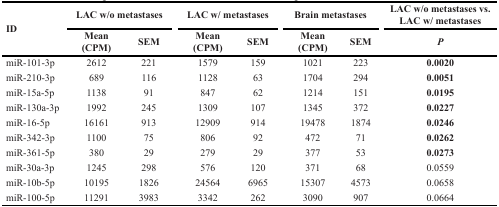
<table><thead><tr><td rowspan="2"><b>ID</b></td><td colspan="2"><b>LAC w/o metastases</b></td><td colspan="2"><b>LAC w/ metastases</b></td><td colspan="2"><b>Brain metastases</b></td><td><b>LAC w/o metastases vs. LAC w/ metastases</b></td></tr><tr><td><b>Mean (CPM)</b></td><td><b>SEM</b></td><td><b>Mean (CPM)</b></td><td><b>SEM</b></td><td><b>Mean (CPM)</b></td><td><b>SEM</b></td><td><b><i>P</i></b></td></tr></thead><tbody><tr><td>miR-101-3p</td><td>2612</td><td>221</td><td>1579</td><td>159</td><td>1021</td><td>223</td><td><b>0.0020</b></td></tr><tr><td>miR-210-3p</td><td>689</td><td>116</td><td>1128</td><td>63</td><td>1704</td><td>294</td><td><b>0.0051</b></td></tr><tr><td>miR-15a-5p</td><td>1138</td><td>91</td><td>847</td><td>62</td><td>1214</td><td>151</td><td><b>0.0195</b></td></tr><tr><td>miR-130a-3p</td><td>1992</td><td>245</td><td>1309</td><td>107</td><td>1345</td><td>372</td><td><b>0.0227</b></td></tr><tr><td>miR-16-5p</td><td>16161</td><td>913</td><td>12909</td><td>914</td><td>19478</td><td>1874</td><td><b>0.0246</b></td></tr><tr><td>miR-342-3p</td><td>1100</td><td>75</td><td>806</td><td>92</td><td>472</td><td>71</td><td><b>0.0262</b></td></tr><tr><td>miR-361-5p</td><td>380</td><td>29</td><td>279</td><td>29</td><td>377</td><td>53</td><td><b>0.0273</b></td></tr><tr><td>miR-30a-3p</td><td>1245</td><td>298</td><td>576</td><td>120</td><td>371</td><td>68</td><td>0.0559</td></tr><tr><td>miR-10b-5p</td><td>10195</td><td>1826</td><td>24564</td><td>6965</td><td>15307</td><td>4573</td><td>0.0658</td></tr><tr><td>miR-100-5p</td><td>11291</td><td>3983</td><td>3342</td><td>262</td><td>3090</td><td>907</td><td>0.0664</td></tr></tbody></table>